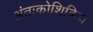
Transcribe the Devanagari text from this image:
अंतःकोशिकिय